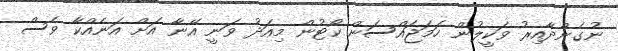
ނުގެންދާއިރު ވަކީލުން ހަމަޖައްސަން ކޯޓުން މިއަދު ވަނީ އޭނާ އަށް އަނެއްކާ ވެސް